Vaccination in the Punjab 1883-1896 - 1883-1896
Year: 1883
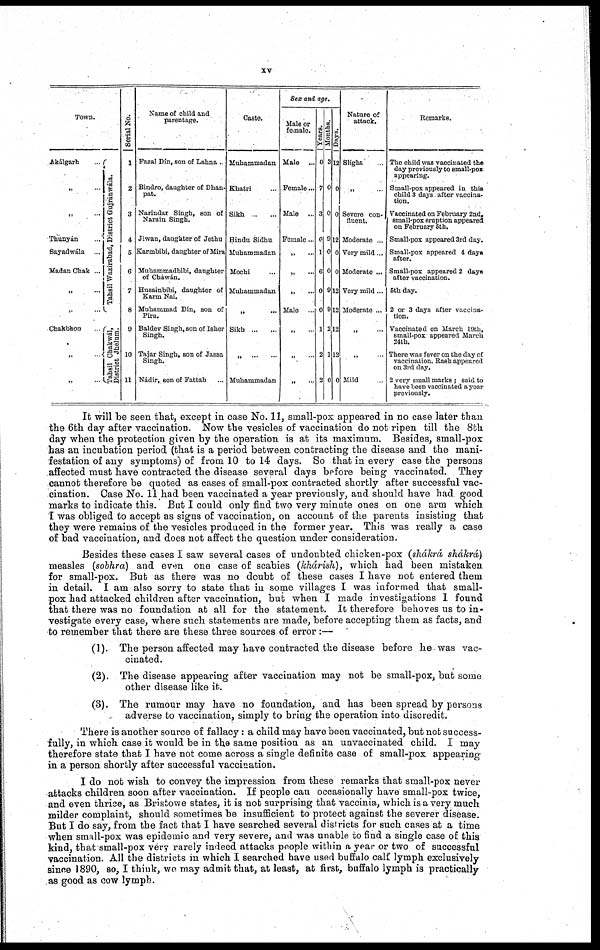
xv
Town.
Akálgarh
„ ...
„ ...
Thunyán ...
Sayadwála ...
Madan Chak ...
„ ...
„
...
Chakbhon
„
„ ...
Tahsíl Wazírabad, District Gujránwála.
Tahsíl Chakwál,
District Jhelum.
Serial No.
1
2
3
4
5
6
7
8
9
10
11
Name of child and
parentage.
Fazal Dín, son of Lahna ..
Bindro, daughter of Dhan-
pat.
Narindar Singh, son of
Naram Singh.
Jiwan, daughter of Jethu
Karmbibi, daughter of Mira
Muhammadbibi, daughter
of Chawán.
Husainbibi, daughter of
Karm Nai.
Muhammad Dín, son of
Pira.
Baldev Singh, son of Isher
Singh.
Tajar Singh, son of Jassa
Singh.
Nadir, eon of Fattah
Caste.
Muhammadan
Khatri ...
Sikh
...
...
Hindu Sidhu
Muhammadan
Mochi ...
Muhammadan
„ ...
Sikh
...
...
„ ... ...
Muhammadan
Sex and age.
Male or
female.
Male
...
Female...
Male ...
Female..
„ ...
„
...
„
...
Male
„ ...
„ ...
„ ...
Years.
0
7
3
0
1
6
0
0
1
2
2
Months.
3
0
0
9
0
0
9
9
2
1
0
Days.
12
0
0
12
0
0
12
12
12
12
0
Nature of
attack.
Slight
„
Severe con-
fluent.
Moderate ...
Very mild...
Moderate ...
Very mild...
Moderate ...
„ ...
„ ...
Mild
Remarks.
The child was vaccinated the
day previously to small-pox
appearing.
Small-pox appeared in this
child 3 days after vaccina-
tion.
Vaccinated on February 2nd.
small-pox eruption appeared
on February 6th.
Small-pox appeared 3rd day.
Small-pox appeared 4 days
after.
Small-pox appeared 2 days
after vaccination.
5th day.
2 or 3 days after vaccina-
tion.
Vaccinated on March 19th,
small-pox appeared March
24th.
There was fever on the day of
vaccination. Rash appeared
on 3rd day.
2 very small marks ; said to
have been vaccinated a year
previously.
It will be seen that, except in case No. 11, small-pox appeared in no case later than
the 6th day after vaccination. Now the vesicles of vaccination do not ripen till the 8th
day when the protection given by the operation is at its maximum. Besides, small-pox
has an incubation period (that is a period between contracting the disease and the mani-
festation of any symptoms) of from 10 to 14 days. So that in every case the persons
affected must have contracted the disease several days before being vaccinated. They
cannot therefore be quoted as cases of small-pox contracted shortly after successful vac-
cination. Case No. 11 had been vaccinated a year previously, and should have had good
marks to indicate this. But I could only find two very minute ones on one arm which
I was obliged to accept as signs of vaccination, on account of the parents insisting that
they were remains of the vesicles produced in the former year. This was really a case
of bad vaccination, and does not affect the question under consideration.
Besides these cases I saw several cases of undoubted chicken-pox (shákrá shákrá)
measles (sobhra) and even one case of scabies (khárish), which had been mistaken
for small-pox. But as there was no doubt of these cases I have not entered them
in detail. I am also sorry to state that in some villages I was informed that small-
pox had attacked children after vaccination, but when I made investigations I found
that there was no foundation at all for the statement. It therefore behoves us to in-
vestigate every case, where such statements are made, before accepting them as facts, and
to remember that there are these three sources of error :—
(1). The person affected may have contracted the disease before he was vac-
cinated.
(2). The disease appearing after vaccination may not be small-pox, but some
other disease like it.
(3). The rumour may have no foundation, and has been spread by persons
adverse to vaccination, simply to bring the operation into discredit.
There is another source of fallacy : a child may have been vaccinated, but not success-
fully, in which case it would be in the same position as an unvaccinated child. I may
therefore state that I have not come across a single definite case of small-pox appearing
in a person shortly after successful vaccination.
I do not wish to convey the impression from these remarks that small-pox never
attacks children soon after vaccination. If people can occasionally have small-pox twice,
and even thrice, as Bristowe states, it is not surprising that vaccinia, which is a very much
milder complaint, should sometimes be insufficient to protect against the severer disease.
But I do say, from the fact that I have searched several districts for such cases at a time
when small-pox was epidemic and very severe, and was unable to find a single case of this
kind, that small-pox very rarely indeed attacks people within a year or two of successful
vaccination. All the districts in which I searched have used buffalo calf lymph exclusively
since 1890, so, I think, we may admit that, at least, at first, buffalo lymph is practically
as good as cow lymph.